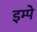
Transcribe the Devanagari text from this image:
इम्पे